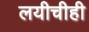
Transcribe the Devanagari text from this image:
लयीचीही